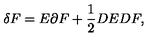
\delta F = E \partial F + \frac { 1 } { 2 } D E D F ,